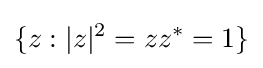
\{z:|z|^{2}=zz^{*}=1\}